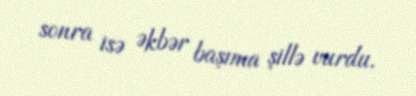
sonra isə Əkbər başıma şillə vurdu.